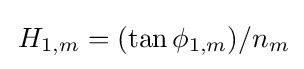
\,H_{1,m}=(\tan \phi _{1,m})/n_{m}